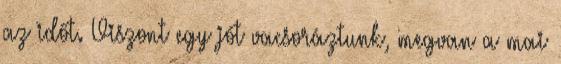
az időt. Viszont egy jót vacsoráztunk, megvan a mai